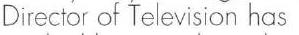
Director of Television has